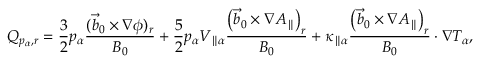
Q _ { p _ { \alpha } , r } = \frac { 3 } { 2 } p _ { \alpha } \frac { ( \vec { b } _ { 0 } \times \nabla \phi ) _ { r } } { B _ { 0 } } + \frac { 5 } { 2 } p _ { \alpha } V _ { \parallel \alpha } \frac { \left( \vec { b } _ { 0 } \times \nabla A _ { \parallel } \right) _ { r } } { B _ { 0 } } + \kappa _ { \parallel \alpha } \frac { \left( \vec { b } _ { 0 } \times \nabla A _ { \parallel } \right) _ { r } } { B _ { 0 } } \cdot \nabla T _ { \alpha } ,